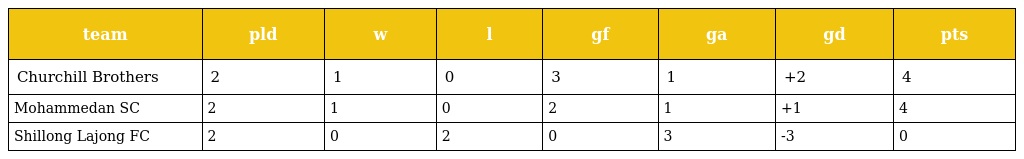
| team | pld | w | l | gf | ga | gd | pts |
 | --- | --- | --- | --- | --- | --- | --- | --- |
 | Churchill Brothers | 2 | 1 | 0 | 3 | 1 | +2 | 4 |
 | Mohammedan SC | 2 | 1 | 0 | 2 | 1 | +1 | 4 |
 | Shillong Lajong FC | 2 | 0 | 2 | 0 | 3 | -3 | 0 |